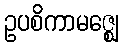
ဥပစိကာမဇ္ဈေ